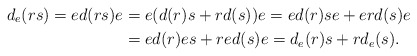
\begin{align*} d_e(rs)=ed(rs)e&=e(d(r)s+rd(s))e=ed(r)se+erd(s)e\\ &=ed(r)es+red(s)e=d_e(r)s+rd_e(s). \end{align*}